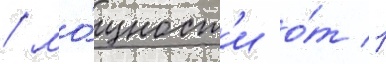
/ мо́щност'и о́т 1